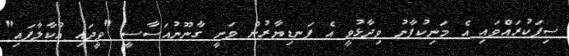
ސިފަކުރައްވައި އެ މަނިކުފާނު ވިދާޅުވީ އެ ފަނޑިޔާރުން ވަނީ ގާނޫނުއަސާސީ "ވީދައި އުކާލާފައި"